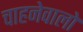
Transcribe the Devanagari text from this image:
चाहनेवालो